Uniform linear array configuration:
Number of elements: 16
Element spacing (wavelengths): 0.25
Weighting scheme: cosine
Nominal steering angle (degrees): -15
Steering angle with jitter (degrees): -14.501
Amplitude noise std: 0.05
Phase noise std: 0.05

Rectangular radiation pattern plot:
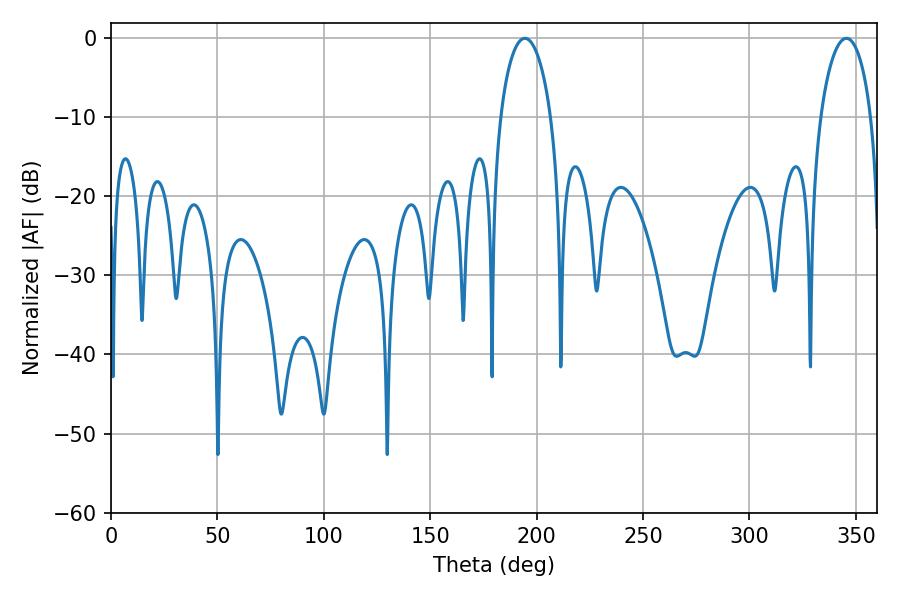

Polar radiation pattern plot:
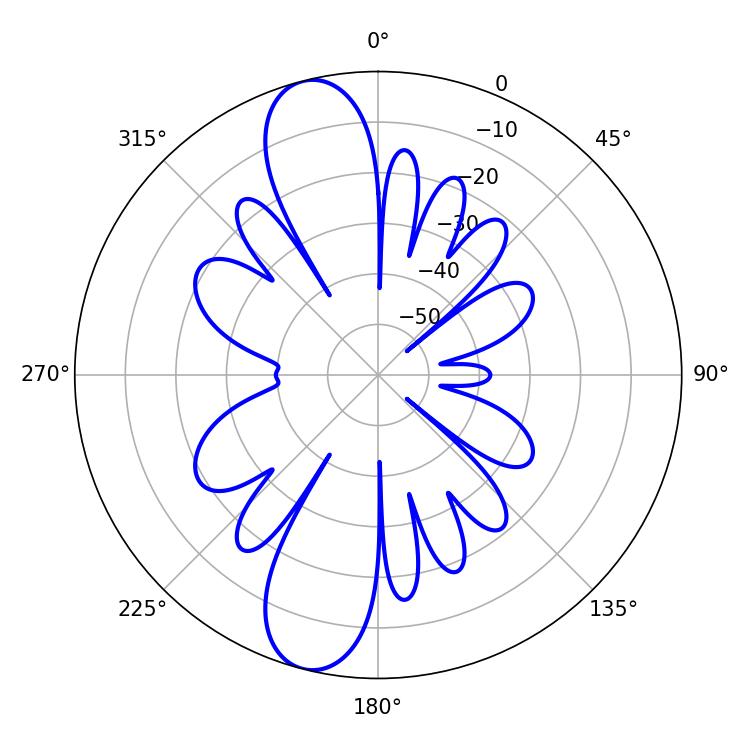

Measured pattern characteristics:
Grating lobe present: FALSE
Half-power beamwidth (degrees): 13.68
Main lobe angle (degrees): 194.4